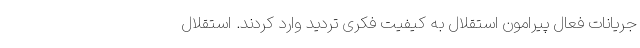
جریانات فعال پیرامون استقلال به کیفیت فکری تردید وارد کردند. استقلال